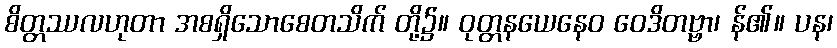
စိတ္တဿလဟုတာ အစရှိသောစေတသိက် တို့၌။ ဝုတ္တနယေနေဝ ဝေဒိတဗ္ဗာ၊ န်၏။ ပန၊